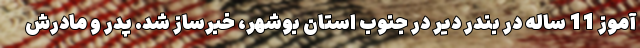
آموز 11 ساله در بندر دیر در جنوب استان بوشهر، خبرساز شد. پدر و مادرش